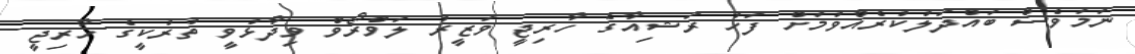
ނަމަވެސް ބައްދަލުކުރެއްވުމަށް ފަހު ރަޝިއާގެ ހާރިޖީ ވަޒީރު ލަވްރޯވް ވިދާޅުވީ ތުރުކީގެ ހާރިޖީ